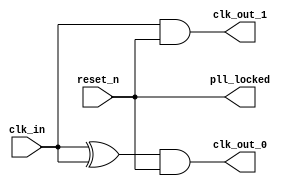
module pll(
        input   wire    clk_in,
        input   wire    reset_n,
        output  wire    pll_locked,
        output  wire    clk_out_0,
        output  wire    clk_out_1
    );
    
    // clkin = 50MHz
    // clkout_0 = 100MHz
    // clkout_1 = 50MHz
    
    `ifndef __IP_PLL__
        wire clk_in_delay;
        wire locked_delay;
        
        assign #5 clk_in_delay = clk_in;
        assign #5 locked_delay = reset_n;   // #90
        assign pll_locked = locked_delay & reset_n;
        
        assign clk_out_0 = (clk_in ^ clk_in_delay) & pll_locked ;
        assign clk_out_1 = clk_in & pll_locked;
        
    `else
        ip_pll	u_ip_pll (
        .areset ( ~reset_n      ),
        .inclk0 ( clk_in        ),
        .c0     ( clk_out_0     ),
        .c1     ( clk_out_1     ),
        .locked ( pll_locked    )
        );
    `endif

endmodule